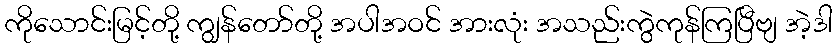
ကိုသောင်းမြင့်တို့ ကျွန်တော်တို့ အပါအဝင် အားလုံး အသည်းကွဲကုန်ကြပြီဗျ အဲ့ဒါ